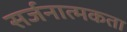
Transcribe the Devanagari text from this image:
सर्जनात्‍मकता